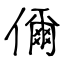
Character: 儞